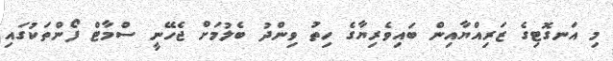
މި އަނގޮޓިގެ ޒަރިއްޔާއިން ބައިވެރިޔާގެ ހިތު ވިންދު ބެލުމަށް ޖެހޭނީ ސްމާޓް ފޯންތަކުގައި